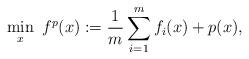
LaTeX: \begin{align*}\min_x~ f^p(x):= \frac{1}{m}\sum_{i=1}^m f_i(x)+p(x),\end{align*}